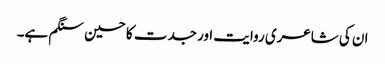
ان کی شاعری روایت اور جدت کا حسین سنگم ہے۔